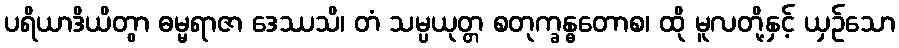
ပရိယာဒိယိတွာ ဓမ္မရာဇာ ဒေဿသိ၊ တံ သမ္ပယုတ္တ စတုက္ခန္ဓတောစ၊ ထို မူလတို့နှင့် ယှဉ်သော